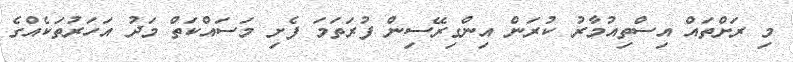
މި ރަށްތައް އިސްތިއުމާރު ކުރަން އިންގިރޭސިން ފުރަތަމަ ފެށި މަސައްކަތް މަދު އަހަރުތަކެއްގެ